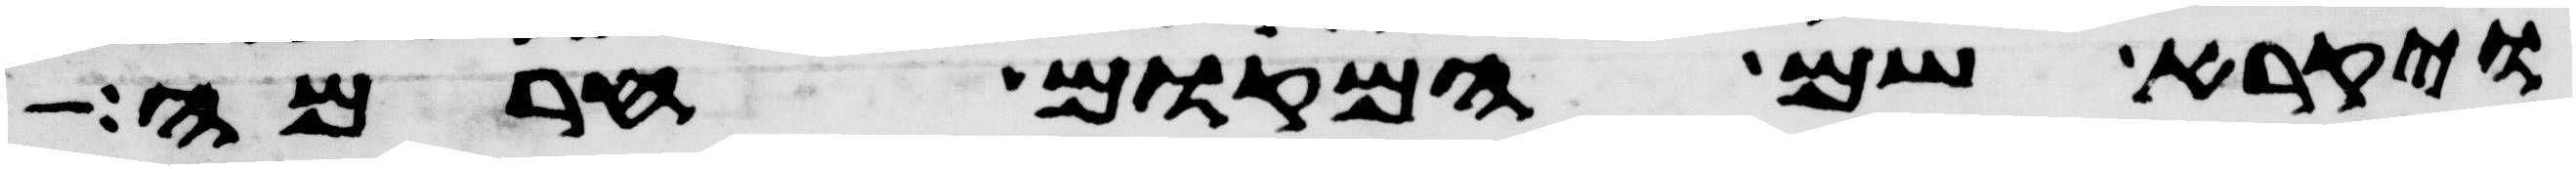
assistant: ויקרא שם המקום חרמה